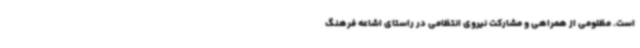
است. مظلومی از همراهی و مشارکت نیروی انتظامی در راستای اشاعه فرهنگ